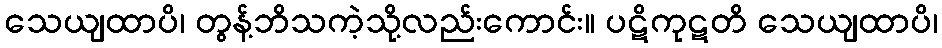
သေယျထာပိ၊ တွန့်ဘိသကဲ့သို့လည်းကောင်း။ ပဋိကုဋတိ သေယျထာပိ၊